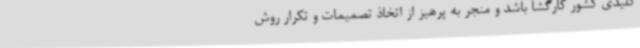
کلیدی کشور کارگشا باشد و منجر به پرهیز از اتخاذ تصمیمات و تکرار روش